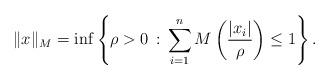
LaTeX: \begin{align*}\Vert{x}\Vert_M = \inf \left\{ \rho>0 \,:\, \sum_{i=1}^n M\left(\frac{|x_i|}{\rho}\right) \leq 1 \right\}.\end{align*}